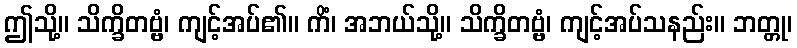
ဤသို့။ သိက္ခိတဗ္ဗံ၊ ကျင့်အပ်၏။ ကိံ၊ အဘယ်သို့။ သိက္ခိတဗ္ဗံ၊ ကျင့်အပ်သနည်း။ ဘတ္တု၊